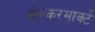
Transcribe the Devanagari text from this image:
वोल्करमार्क्ट